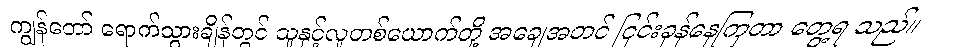
ကျွန်တော် ရောက်သွားချိန်တွင် သူနှင့်လူတစ်ယောက်တို့ အချေအတင် ငြင်းခုန်နေကြတာ တွေ့ရ သည်။